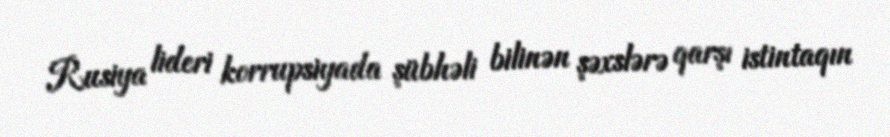
Rusiya lideri korrupsiyada şübhəli bilinən şəxslərə qarşı istintaqın